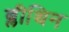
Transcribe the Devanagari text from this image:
ब्लीथिन